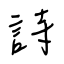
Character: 詩